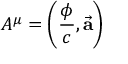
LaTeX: A ^ { \mu } = \left( { \frac { \phi } { c } } , { \vec { \mathbf { a } } } \right)